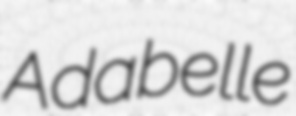
Adabelle